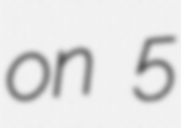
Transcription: on 5